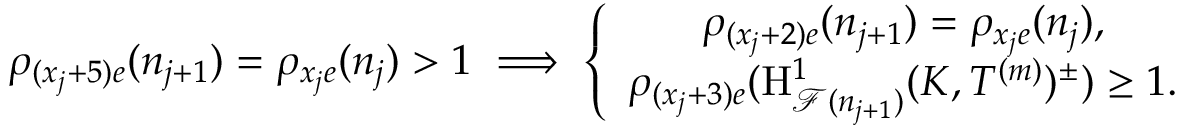
\rho _ { ( x _ { j } + 5 ) e } ( n _ { j + 1 } ) = \rho _ { x _ { j } e } ( n _ { j } ) > 1 \implies \left\{ \begin{array} { c } { \rho _ { ( x _ { j } + 2 ) e } ( n _ { j + 1 } ) = \rho _ { x _ { j } e } ( n _ { j } ) , } \\ { \rho _ { ( x _ { j } + 3 ) e } ( \mathrm { H } _ { \mathcal { F } ( n _ { j + 1 } ) } ^ { 1 } ( K , T ^ { ( m ) } ) ^ { \pm } ) \geq 1 . } \end{array} \right.